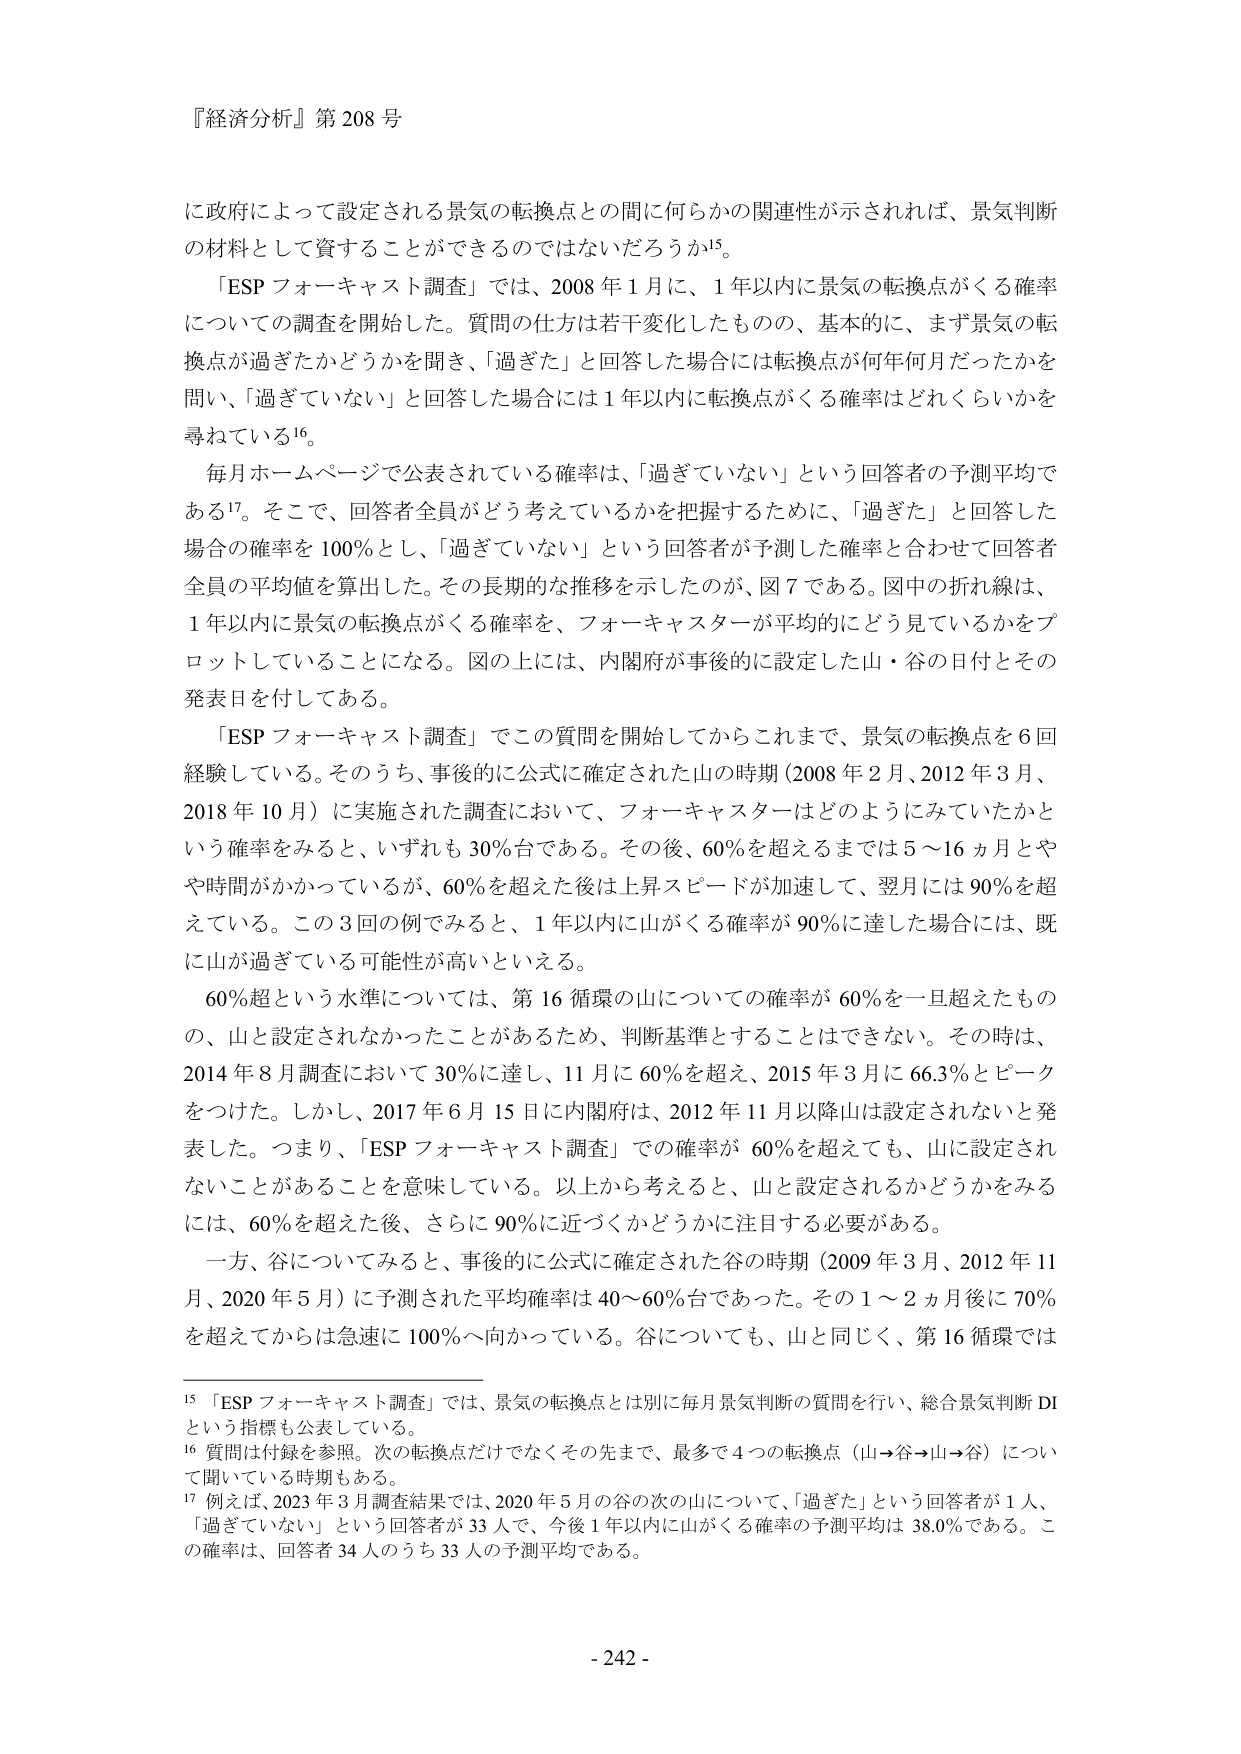
『経済分析』第 208 号

に政府によって設定される景気の転換点との間に何らかの関連性が示されれば、景気判断の材料として資することができるのではないだろうか¹⁵。

「ESP フォーキャスト調査」では、2008 年 1 月に、1 年以内に景気の転換点がくる確率についての調査を開始した。質問の仕方は若干変化したもの、基本的に、まず景気の転換点が過ぎたかどうかを聞き、「過ぎた」と回答した場合には転換点が何年何月だったかを問い、「過ぎていない」と回答した場合には 1 年以内に転換点がくる確率はどれくらいかを尋ねている¹⁶。

毎月ホームページで公表されている確率は、「過ぎていない」という回答者の予測平均である¹⁷。そこで、回答者全員がどう考えているかを把握するために、「過ぎた」と回答した場合の確率を 100％とし、「過ぎていない」という回答者が予測した確率と合わせて回答者全員の平均値を算出した。その長期的な推移を示したのが、図 7 である。図中の折れ線は、1 年以内に景気の転換点がくる確率を、フォーキャスターが平均的にどう見ているかをプロットしていることになる。図の上には、内閣府が事後的に設定した山・谷の日付とその発表日を付してある。

「ESP フォーキャスト調査」でこの質問を開始してからこれまで、景気の転換点を 6 回経験している。そのうち、事後的に公式に確定された山の時期（2008 年 2 月、2012 年 3 月、2018 年 10 月）に実施された調査において、フォーキャスターはどのようにみていたかという確率をみると、いずれも 30％台である。その後、60％を超えるまでは 5～16 ヵ月とやや時間がかかっているが、60％を超えた後は上昇スピードが加速して、翌月には 90％を超えている。この 3 回の例でみると、1 年以内に山がくる確率が 90％に達した場合には、既に山が過ぎている可能性が高いといえる。

60％超という水準については、第 16 循環の山についての確率が 60％を一旦超えたものの、山と設定されなかったことがあるため、判断基準とすることはできない。その時は、2014 年 8 月調査において 30％に達し、11 月に 60％を超え、2015 年 3 月に 66.3％とピークをつけた。しかし、2017 年 6 月 15 日に内閣府は、2012 年 11 月以降山は設定されないと発表した。つまり、「ESP フォーキャスト調査」での確率が 60％を超えても、山に設定されないことがあることを意味している。以上から考えると、山と設定されるかどうかをみるには、60％を超えた後、さらに 90％に近づくかどうかに注目する必要がある。

一方、谷についてみると、事後的に公式に確定された谷の時期（2009 年 3 月、2012 年 11 月、2020 年 5 月）に予測された平均確率は 40～60％台であった。その 1～2 ヵ月後に 70％を超えてからは急速に 100％へ向かっている。谷についても、山と同じく、第 16 循環では

¹⁵ 「ESP フォーキャスト調査」では、景気の転換点とは別に毎月景気判断の質問を行い、総合景気判断 DIという指標も公表している。

¹⁶ 質問は付録を参照。次の転換点だけでなくその先まで、最多で 4 つの転換点（山→谷→山→谷）について聞いている時期もある。

¹⁷ 例えば、2023 年 3 月調査結果では、2020 年 5 月の谷の次の山について、「過ぎた」という回答者が 1 人、「過ぎていない」という回答者が 33 人で、今後 1 年以内に山がくる確率の予測平均は 38.0％である。この確率は、回答者 34 人のうち 33 人の予測平均である。

- 242 -